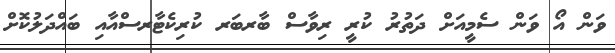
ވަން އޯ ވަން ސެމީއަށް ދަތުރު ކުރީ ރިވާސް ބާރބަރ ކުރިކެޓާރސްއާއި ބައްދަލުކޮށް